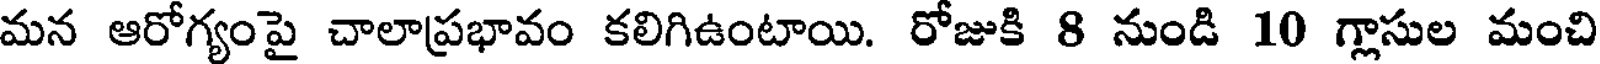
మన ఆరోగ్యంపై చాలాప్రభావం కలిగిఉంటాయి. రోజుకి 8 నుండి 10 గ్లాసుల మంచి